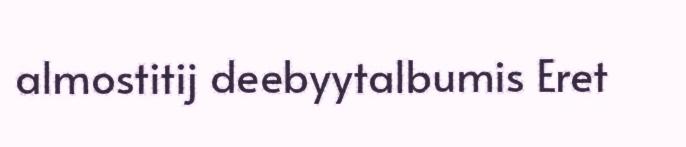
almostitij deebyytalbumis Eret